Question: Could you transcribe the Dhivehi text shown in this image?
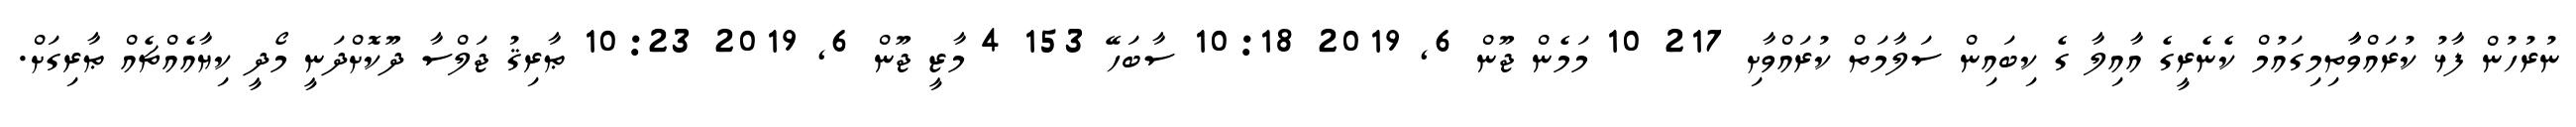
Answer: ނުރުހުން ފާޅު ކުރައްވާާތިމިގައުމް ކެނެރީގެ އާއިލާ ގެ ކިބައިން ސަލާމަތް ކުރައްވާށި 217 10 މަމެން ޖޫން 6, 2019 10:18 ސާބަހޭ 153 4 މާޒީ ޖޫން 6, 2019 10:23 ޠާރިޤު ޖަލްސާ ދޫކޮށްދަނީ މޯދީ ކިޔާއެއްޗެއް ޠާރިގަށް.